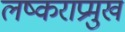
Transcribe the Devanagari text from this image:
लष्कराप्रमुख